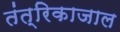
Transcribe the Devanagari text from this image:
तंत्रिकाजाल